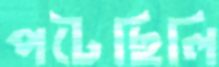
পটেছিলি